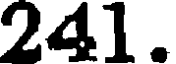
241.